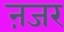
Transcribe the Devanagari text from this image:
ऩजर